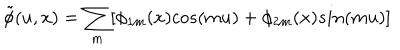
LaTeX: \tilde { \phi } ( u , x ) = \sum _ { m } [ \phi _ { 1 m } ( x ) c o s ( m u ) + \phi _ { 2 m } ( x ) s i n ( m u ) ]